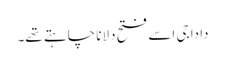
دادا جی اسے فتح دلانا چاہتے تھے۔